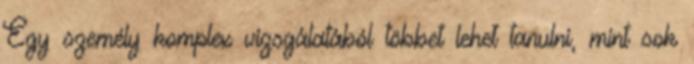
Egy személy komplex vizsgálatából többet lehet tanulni, mint sok